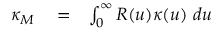
\begin{array} { r l r } { \kappa _ { M } } & { { } = } & { \int _ { 0 } ^ { \infty } R ( u ) \kappa ( u ) ~ d u } \end{array}